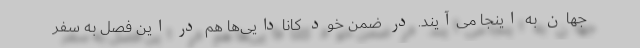
جهان به اینجا می‌آیند. در ضمن خود کانادایی‌ها هم در این فصل به سفر